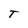
Character: T